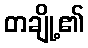
တချို့၏